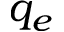
q _ { e }